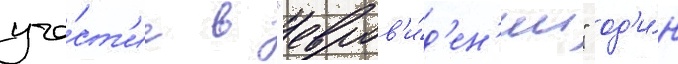
уча́ст'ие в "евров'и́д'ен'ии" од'и́н